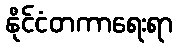
နိုင်ငံတကာရေးရာ